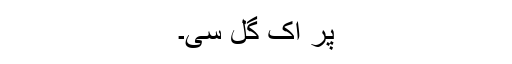
پر اک گل سی۔